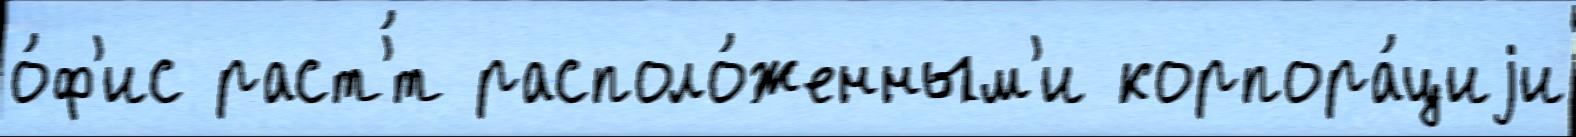
о́ф'ис раст'́т располо́женным'и корпора́циjи